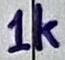
Text: 1k